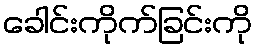
ခေါင်းကိုက်ခြင်းကို